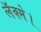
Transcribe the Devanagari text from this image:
लॅक्मे।